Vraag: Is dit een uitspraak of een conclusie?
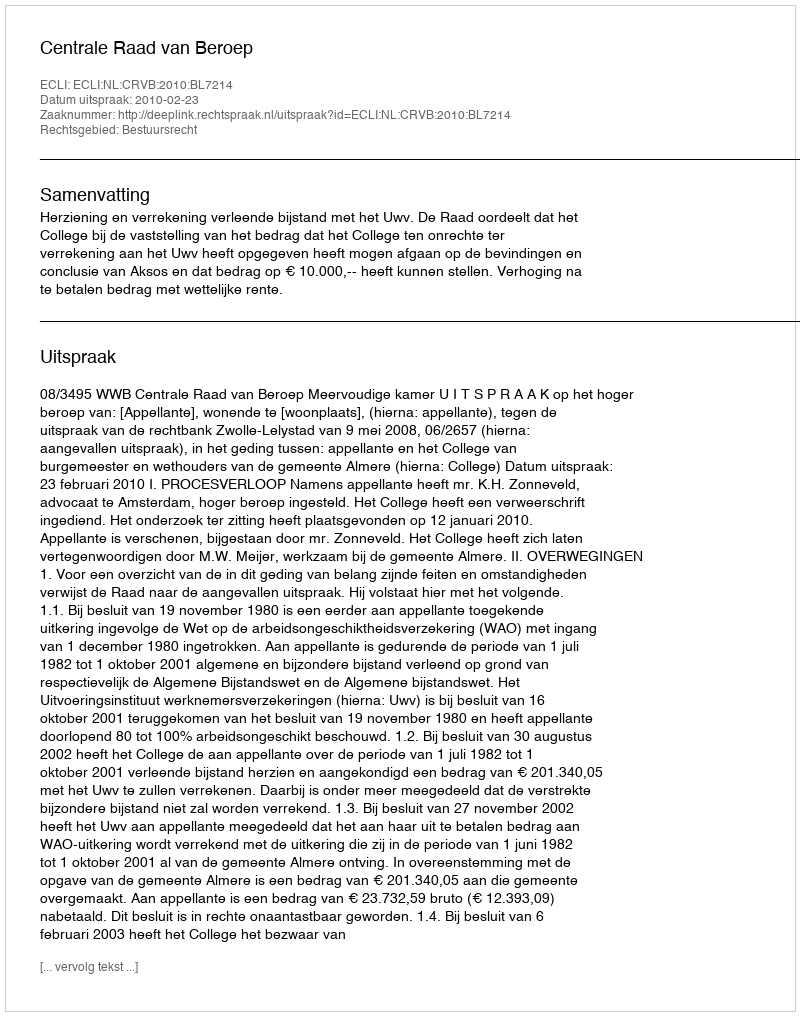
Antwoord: Uitspraak